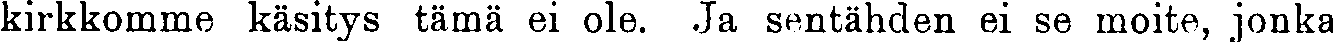
kirkkomme käsitys tämä ei ole. Ja sentähden ei se moite, jonka